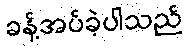
ခန့်အပ်ခဲ့ပါသည်